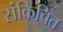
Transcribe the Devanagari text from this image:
संकिचित